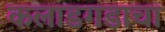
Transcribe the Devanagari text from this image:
कलाडगडाचा